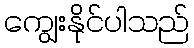
ကျွေးနိုင်ပါသည်